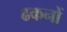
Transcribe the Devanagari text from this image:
ढकनों